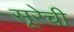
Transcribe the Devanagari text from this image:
सूरेची